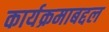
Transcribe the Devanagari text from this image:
कार्यक्रमाबद्दल